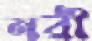
নরী